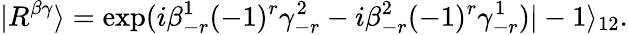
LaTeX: |R^{\beta\gamma}\rangle=\exp(i\beta_{-r}^{1}(-1)^{r}\gamma_{-r}^{2}-i\beta_{-r}^{2}(-1)^{r}\gamma_{-r}^{1})|-1\rangle_{12}.